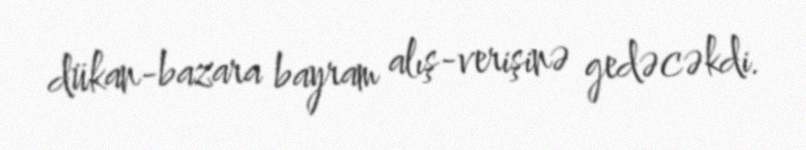
dükan-bazara bayram alış-verişinə gedəcəkdi.